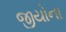
જીયોના